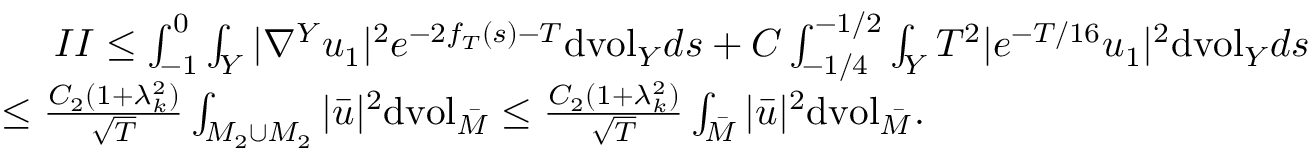
\begin{array} { r l } & { \ \ \ \ I I \leq \int _ { - 1 } ^ { 0 } \int _ { Y } | \nabla ^ { Y } u _ { 1 } | ^ { 2 } e ^ { - 2 f _ { T } ( s ) - T } \mathrm { d v o l } _ { Y } d s + C \int _ { - 1 / 4 } ^ { - 1 / 2 } \int _ { Y } T ^ { 2 } | e ^ { - T / 1 6 } u _ { 1 } | ^ { 2 } \mathrm { d v o l } _ { Y } d s } \\ & { \leq \frac { C _ { 2 } ( 1 + \lambda _ { k } ^ { 2 } ) } { \sqrt { T } } \int _ { M _ { 2 } \cup M _ { 2 } } | \bar { u } | ^ { 2 } \mathrm { d v o l } _ { \bar { M } } \leq \frac { C _ { 2 } ( 1 + \lambda _ { k } ^ { 2 } ) } { \sqrt { T } } \int _ { \bar { M } } | \bar { u } | ^ { 2 } \mathrm { d v o l } _ { \bar { M } } . } \end{array}